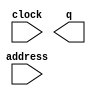
module mt9d111_i2c_setting (
	address,
	clock,
	q);

	input	[9:0]  address;
	input	  clock;
	output	[31:0]  q;
`ifndef ALTERA_RESERVED_QIS
// synopsys translate_off
`endif
	tri1	  clock;
`ifndef ALTERA_RESERVED_QIS
// synopsys translate_on
`endif

endmodule